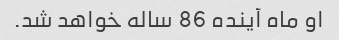
او ماه آینده 86 ساله خواهد شد.